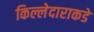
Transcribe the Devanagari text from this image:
किल्लेदाराकडे